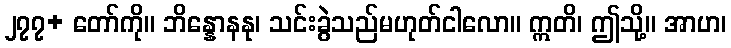
၂၇၇+ တော်ကို။ ဘိန္နောနနု၊ သင်းခွဲသည်မဟုတ်ငါလော။ ဣတိ၊ ဤသို့။ အာဟ၊